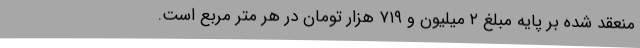
منعقد شده بر پایه مبلغ ۲ میلیون و ۷۱۹ هزار تومان در هر متر مربع است.